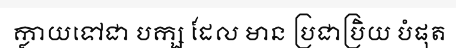
ក្លាយទៅជា បក្ស ដែល មាន ប្រជាប្រិយ បំផុត